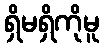
ရှိမရှိကိုမူ